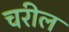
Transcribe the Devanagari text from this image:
चरील